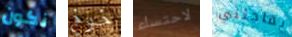
نكون خوخ لاحتساء يفاجئني